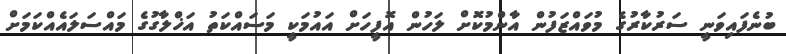
ބުނެފައިވަނީ ސަރުކާރުގެ މުވައްޒަފުން އާންމުކޮށް ލަހުން އޮފީހަށް އައުމަކީ މަސައްކަތު އަޚްލާގުގެ މައްސަލައެއްކަމަށް